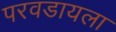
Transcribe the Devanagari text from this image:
परवडायला